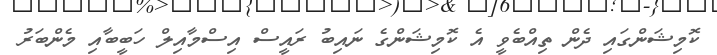
ކޮމިޝަންގައި ދެން ތިއްބެވީ އެ ކޮމިޝަންގެ ނައިބު ރައީސް އިސްމާއިލް ހަބީބާއި މެންބަރު